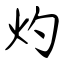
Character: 灼